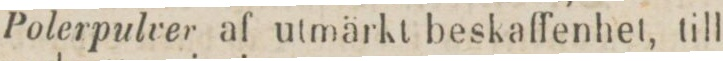
Polerpulver af utmärkt beskaffenhet, till